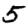
Digit: 5